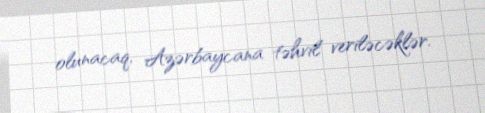
olunacaq, Azərbaycana təhvil veriləcəklər.